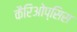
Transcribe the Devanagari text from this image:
कैरिओप्सिस